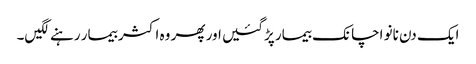
ایک دن نانو اچانک بیمار پڑگئیں اور پھر وہ اکثر بیمار رہنے لگیں۔